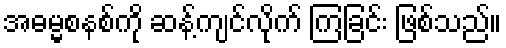
အဓမ္မစနစ်ကို ဆန့်ကျင်လိုက် ကြခြင်း ဖြစ်သည်။